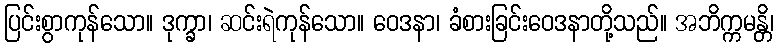
ပြင်းစွာကုန်သော။ ဒုက္ခာ၊ ဆင်းရဲကုန်သော။ ဝေဒနာ၊ ခံစားခြင်းဝေဒနာတို့သည်။ အဘိက္ကမန္တိ၊